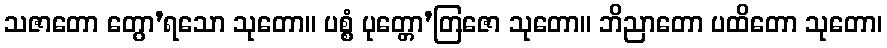
သဇာတော တွော’ရသော သုတော။ ပစ္စံ ပုတ္တော’တြဇော သုတော။ ဘိညာတော ပထိတော သုတော၊